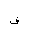
Letter: _fa